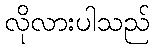
လိုလားပါသည်